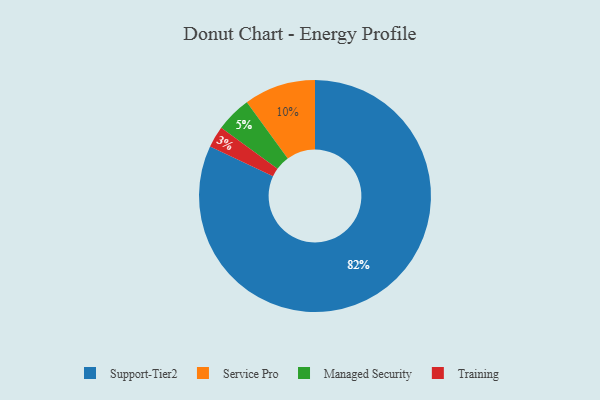
{"axis": {"x": "Category", "y": "Percentage"}, "legend": ["Managed Security", "Service Pro", "Support-Tier2", "Training"], "data": [{"x": "Service Pro", "y": 10, "type": "Service Pro"}, {"x": "Support-Tier2", "y": 82, "type": "Support-Tier2"}, {"x": "Managed Security", "y": 5, "type": "Managed Security"}, {"x": "Training", "y": 3, "type": "Training"}]}